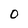
Character: O